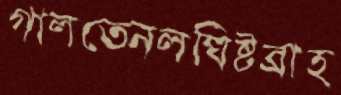
গালতেনলঘিষ্টব্রাহ